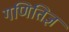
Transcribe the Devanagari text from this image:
गणितिज्ञ